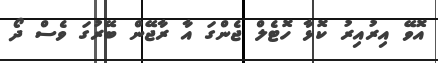
އޮވޭ އިރުއިރު ކޮޅާ ހޮޓެލް ޖެންގަ އާ ރާޖޭން ބޭރުގަ ވެސް ދޯ